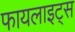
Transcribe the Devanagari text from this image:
फायलाइट्स